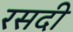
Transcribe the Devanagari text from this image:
रसदी